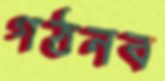
গঠনব